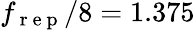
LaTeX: f_{\mathrm{~r~e~p~}}/8=1.375